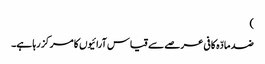
)
ضد مادّہ کافی عرصے سے قیاس آرائیوں کا مرکز رہا ہے۔